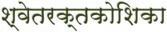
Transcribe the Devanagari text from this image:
श्वेतरक्तकोशिका